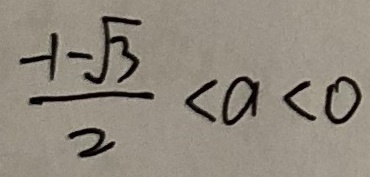
\frac { - 1 - \sqrt { 3 } } { 2 } < a < 0